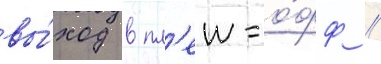
вы́ход в пл'еи-о́фф //